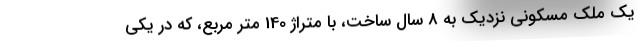
یک ملک مسکونی نزدیک به 8 سال ساخت، با متراژ 140 متر مربع، که در یکی